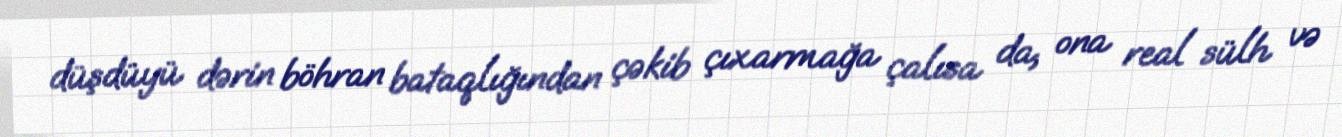
düşdüyü dərin böhran bataqlığından çəkib çıxarmağa çalısa da, ona real sülh və